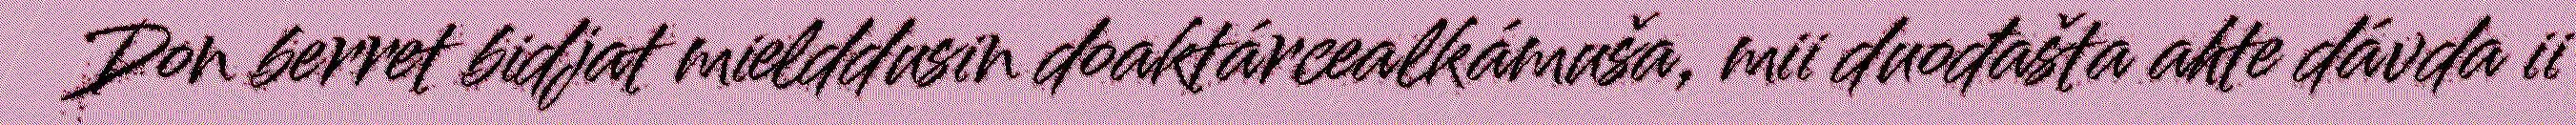
Don berret bidjat mielddusin doaktárcealkámuša, mii duođašta ahte dávda ii